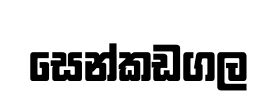
සෙන්කඩගල